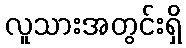
လူသားအတွင်းရှိ